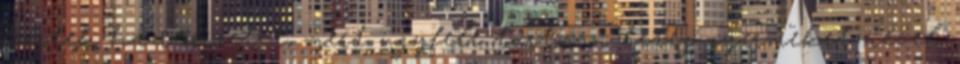
kértek házi őrizetet, mert ügyfele tartósan beteg gyermeket nevel,